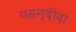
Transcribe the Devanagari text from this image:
पसन्‍दीदा